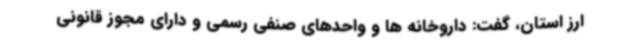
ارز استان، گفت: داروخانه ها و واحدهای صنفی رسمی و دارای مجوز قانونی